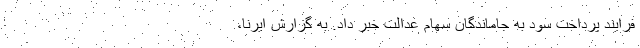
فرایند پرداخت سود به جاماندگان سهام عدالت خبر داد. به گزارش ایرنا،